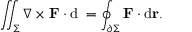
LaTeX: \iint _ { \Sigma } \nabla \times \mathbf { F } \cdot \mathrm { d } \mathbf { \Sigma } = \oint _ { \partial \Sigma } \mathbf { F } \cdot \mathrm { d } \mathbf { r } .